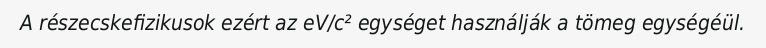
A részecskefizikusok ezért az eV/c² egységet használják a tömeg egységéül.